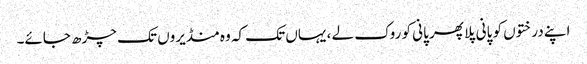
اپنے درختوں کو پانی پلا پھر پانی کو روک لے ، یہاں تک کہ وہ منڈیروں تک چڑھ جائے۔